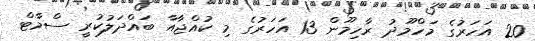
20 އަހަރުގެ މަހްމޫދު ރާހިމޫން 13 އަހަރުގެ މި ކުއްޖާއާ ބައްދަލުކުރީ ސްމާޓް